Vaccine operations Central Provinces 1886-1899 - 1886-1899
Year: 1886
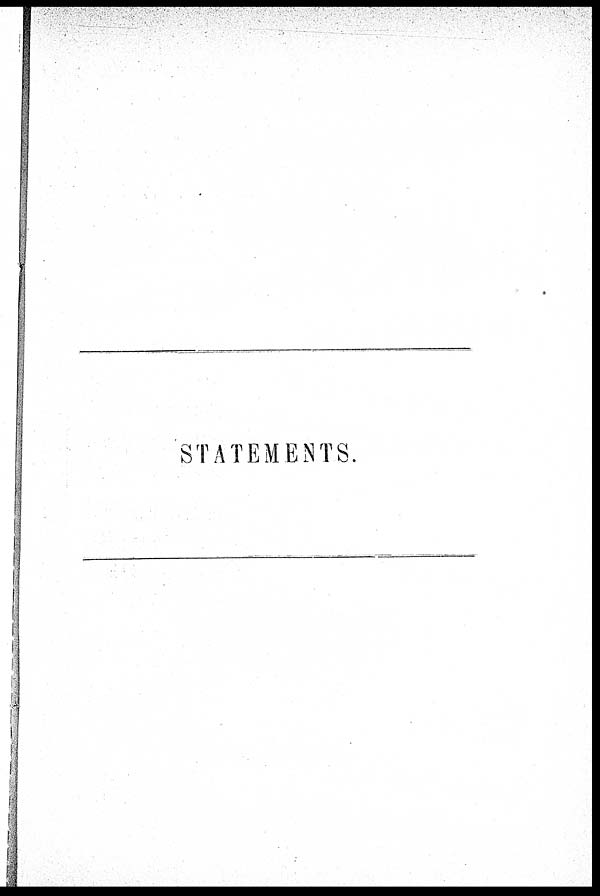
STATEMENTS.